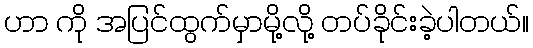
ဟာ ကို အပြင်ထွက်မှာမို့လို့ တပ်ခိုင်းခဲ့ပါတယ်။